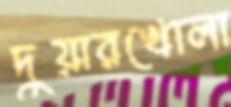
দুয়ারখোলা